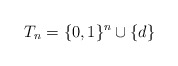
\begin{align*}T_n &= \{ 0,1\}^n \cup \{d\}\end{align*}